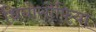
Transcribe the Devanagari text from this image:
थियोसोफिया